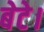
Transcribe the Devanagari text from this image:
बेटे।